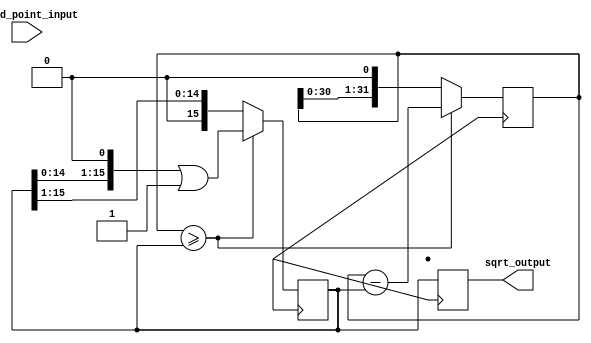
module fixed_point_sqrt (
    input signed [15:0] fixed_point_input,
    output signed [15:0] sqrt_output
);

reg signed [15:0] integer_part;
reg [15:0] fractional_part;
reg [31:0] temp;
reg [15:0] estimate;

always @ (posedge clk) begin
    integer_part <= fixed_point_input[15:8];
    fractional_part <= fixed_point_input[7:0];
    temp <= {16'b0, integer_part} + {16'b0, fractional_part};
  
    // Algorithm for square root calculation
    temp <= temp << 1;
    estimate <= 0;
  
    repeat (8) begin
        if (temp >= estimate) begin
            temp <= temp - estimate;
            estimate <= (estimate << 1) | 1;
        end else begin
            estimate <= estimate >> 1;
        end
    end
  
    sqrt_output <= estimate[15:0];
end

endmodule